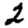
Digit: 2